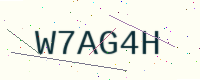
Text: W7AG4H